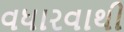
વધારવાથી